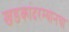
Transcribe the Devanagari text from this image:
खडकांदरम्यानचा